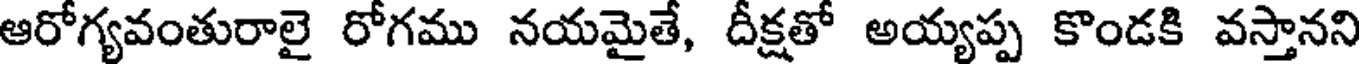
ఆరోగ్యవంతురాలై రోగము నయమైతే, దీక్షతో అయ్యప్ప కొండకి వస్తానని